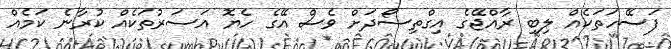
ފަސޭހަތަކެއް ލިބި ރާއްޖޭގެ އިގްތިސޯދަށް ވެސް އޭގެ ހެޔޮ އަސަރުތަކެއް ކުރާނެ ކަމެއް